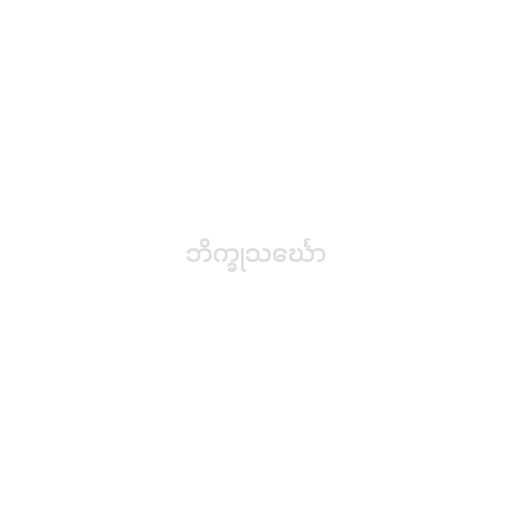
ဘိက္ခုသင်္ဃော